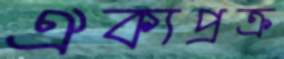
ঐক্যপ্রক্র